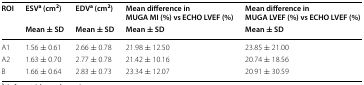
<table><thead><tr><td rowspan="2"><b>ROI</b></td><td><b>ESV<sup>a</sup> (cm<sup>2</sup>)</b></td><td><b>EDV<sup>a</sup> (cm<sup>2</sup>)</b></td><td><b>Mean difference in MUGA MI (%) vs ECHO LVEF (%)</b></td><td><b>Mean difference in MUGA LVEF (%) vs ECHO LVEF (%)</b></td></tr><tr><td><b>Mean ± SD</b></td><td><b>Mean ± SD</b></td><td><b>Mean ± SD</b></td><td><b>Mean ± SD</b></td></tr></thead><tbody><tr><td>A1</td><td>1.56 ± 0.61</td><td>2.66 ± 0.78</td><td>21.98 ± 12.50</td><td>23.85 ± 21.00</td></tr><tr><td>A2</td><td>1.63 ± 0.70</td><td>2.77 ± 0.78</td><td>21.42 ± 10.16</td><td>20.74 ± 18.56</td></tr><tr><td>B</td><td>1.66 ± 0.64</td><td>2.83 ± 0.73</td><td>23.34 ± 12.07</td><td>20.91 ± 30.59</td></tr></tbody></table>